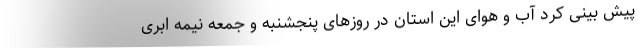
پیش بینی کرد آب و هوای این استان در روزهای پنجشنبه و جمعه نیمه ابری